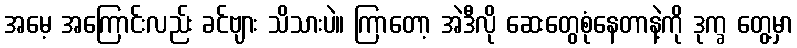
အမေ့ အကြောင်းလည်း ခင်ဗျား သိသားပဲ။ ကြာတော့ အဲဒီလို ဆေးတွေစုံနေတာနဲ့ကို ဒုက္ခ တွေ့မှာ